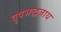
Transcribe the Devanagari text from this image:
वृषभद्धजाय